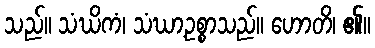
သည်။ သံဃိကံ၊ သံဃာ့ဥစ္စာသည်။ ဟောတိ၊ ၏။